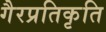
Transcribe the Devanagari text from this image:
गैरप्रतिकृति